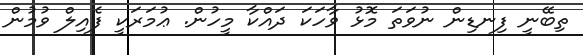
ތިބޭނީ ފިނޑިން ނުވަތަ މޮޅު ވާހަަކަ ދައްކާ މީހުން. ޢުމަރަކީ ފެއިލް ވުމުން